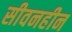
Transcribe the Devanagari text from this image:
सीवनहीन